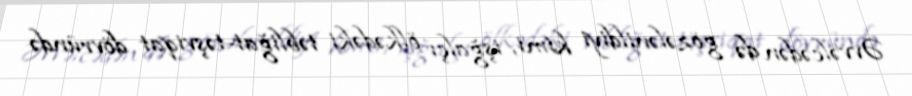
Əvvəlcədən də gözələnildiyi kimi, işğalçı ölkədəki təbliğat-təşviqat dövründə